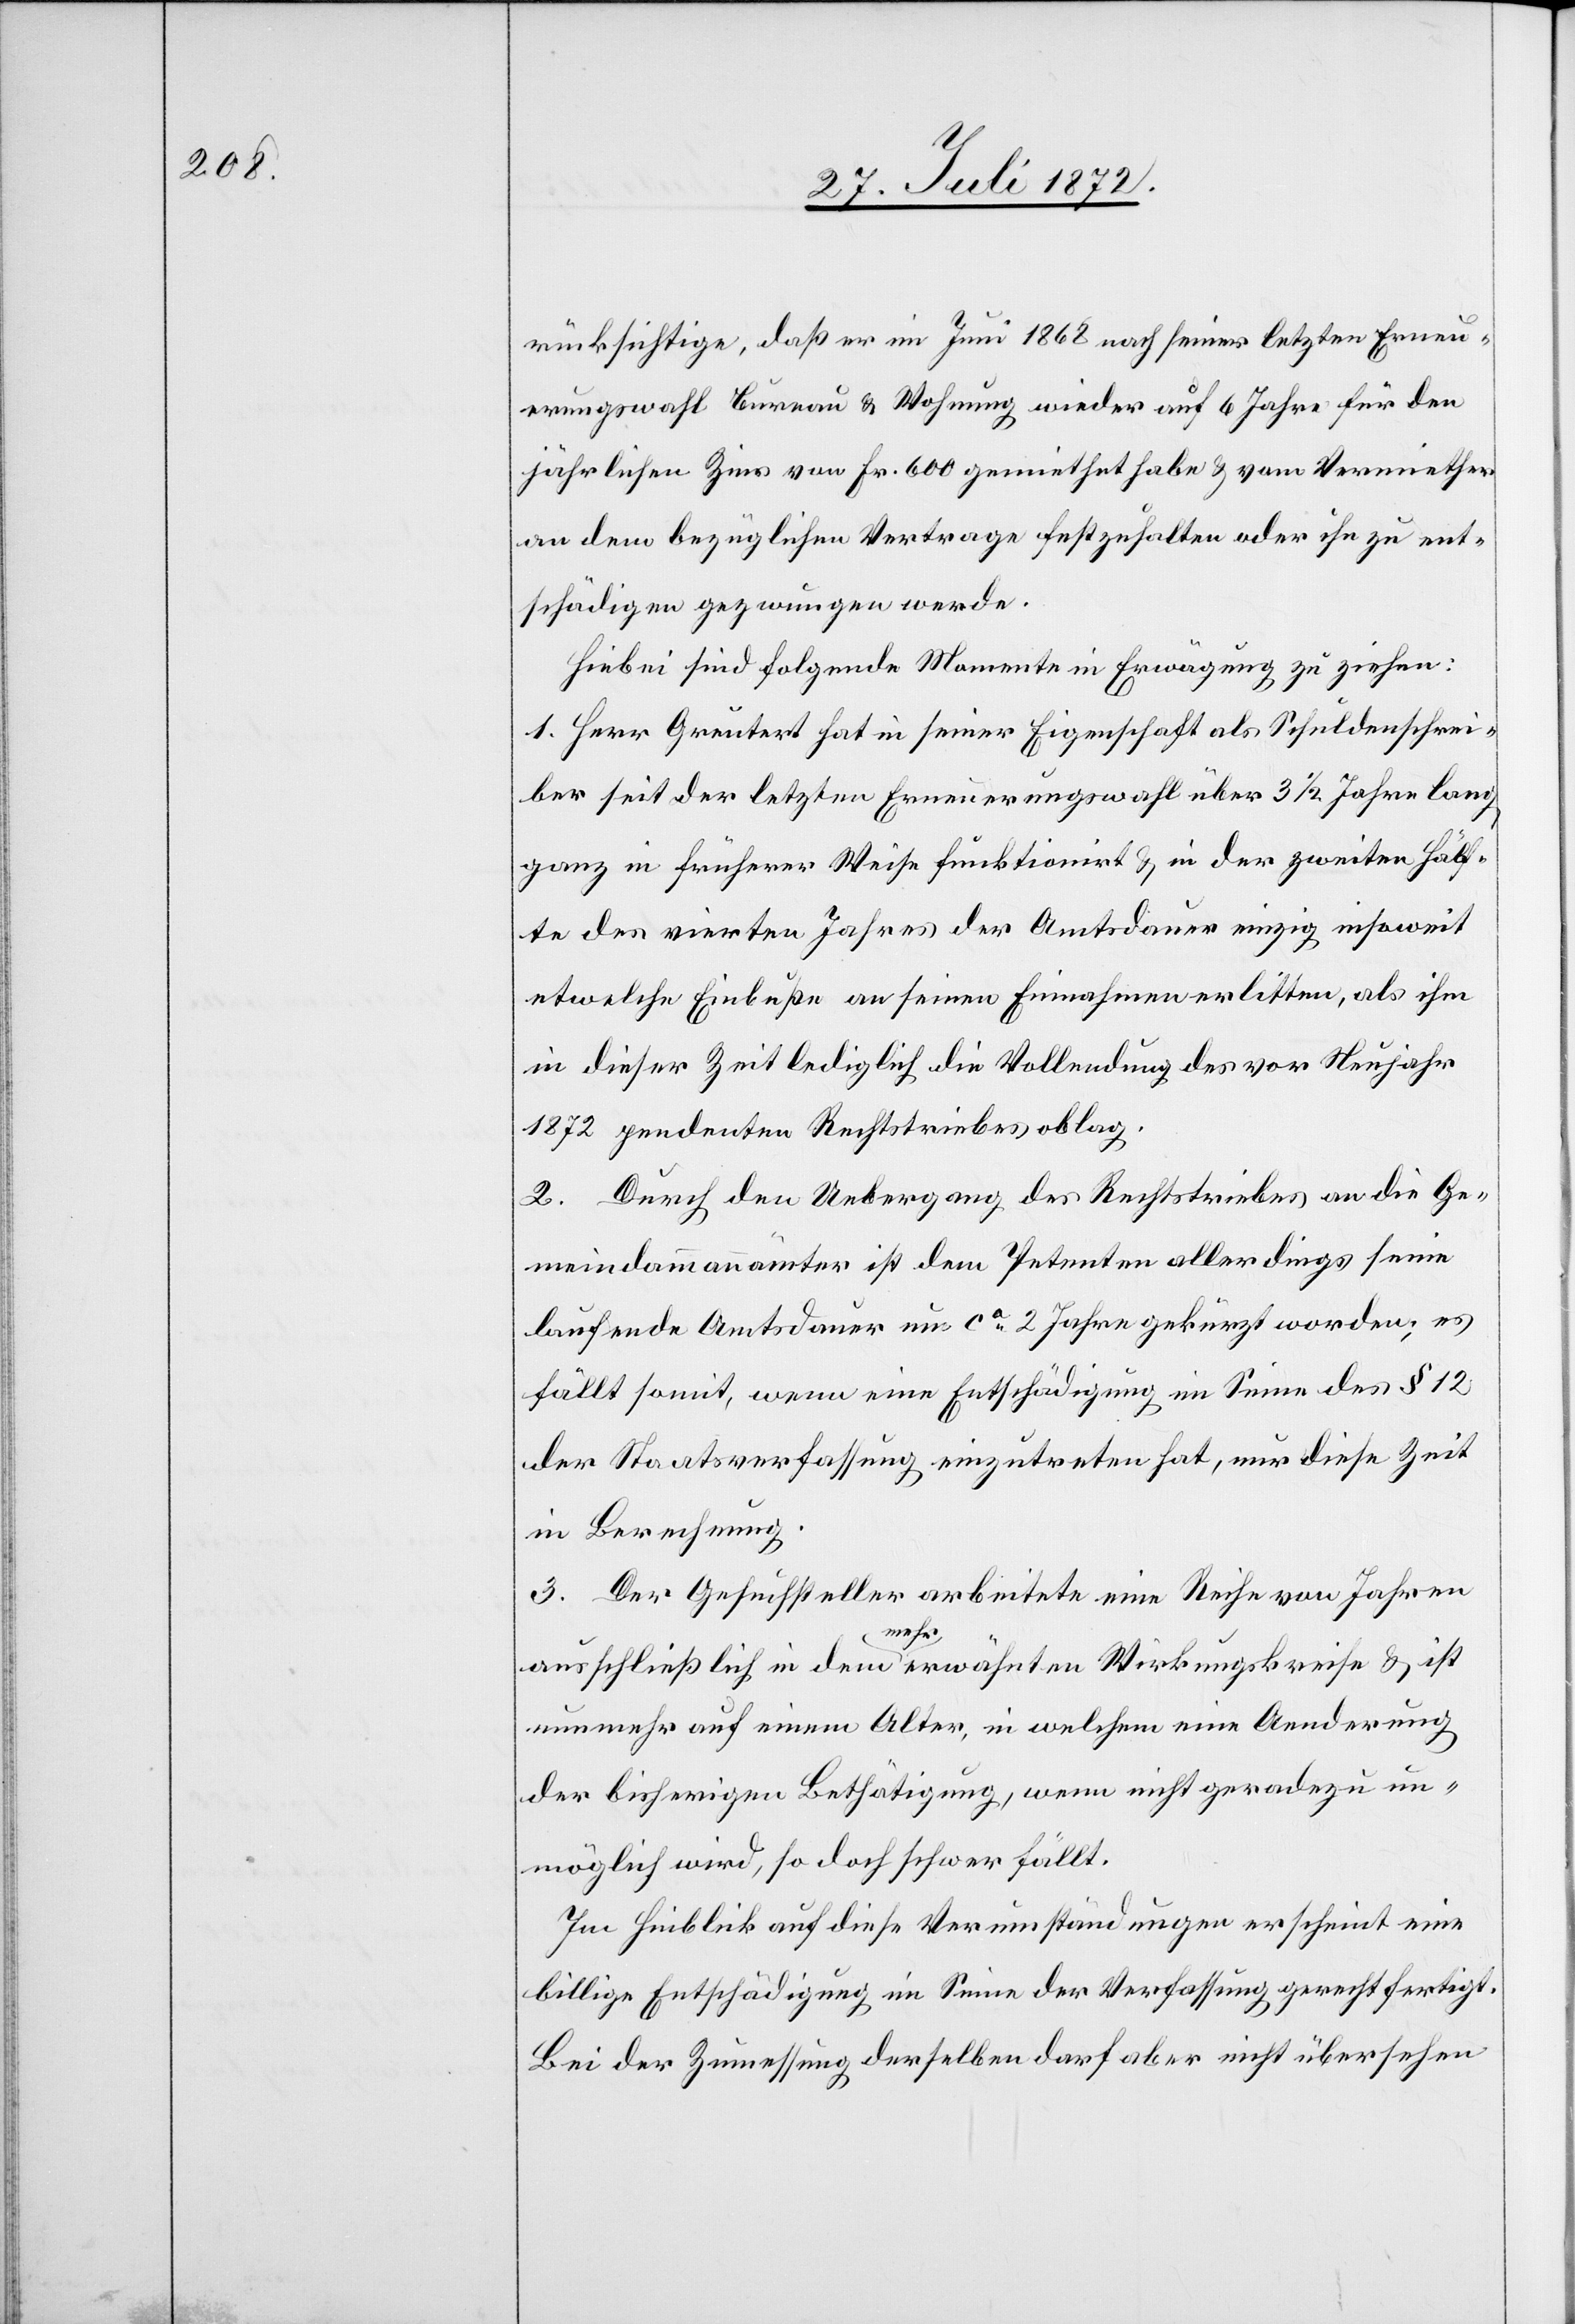
rücksichtige, daß er im Juni 1868 nach seiner letzten Erneu¬
erungswahl Bureau u. Wohnung wieder auf 6 Jahre für den
jährlichen Zins von Fr. 600 gemiethet habe u. vom Vermiether
an dem bezüglichen Vertrage festzuhalten oder ihn zu ent¬
schädigen gezwungen werde.
Hiebei sind folgende Momente in Erwägung zu ziehen:
1. Herr Greutert hat in seiner Eigenschaft als Schuldenschrei¬
ber seit der letzten Erneuerungswahl über 3 1/2 Jahre lang
ganz in früherer Weise funktionirt u. in der zweiten Hälf¬
te des vierten Jahres der Amtsdauer einzig insoweit
etwelche Einbuße an seinen Einnahmen erlitten, als ihm
in dieser Zeit lediglich die Vollendung des vor Neujahr
1872 pendenten Rechtstriebes oblag.
2. Durch den Uebergang des Rechtstriebes an die Ge¬
meindammannämter ist dem Petenten allerdings seine
laufende Amtsdauer um ca 2 Jahre gekürzt worden; es
fällt somit, wenn eine Entschädigung im Sinne des § 12
der Staatsverfassung einzutreten hat, nur diese Zeit
in Berechnung.
3. Der Gesuchsteller arbeitete eine Reihe von Jahren
ausschließlich in dem mehrerwähnten Wirkungskreise u. ist
nunmehr auf einem Alter, in welchem eine Aenderung
der bisherigen Bethätigung, wenn nicht geradezu un¬
möglich wird, so doch schwer fällt.
Im Hinblick auf diese Verumständungen erscheint eine
billige Entschädigung im Sinne der Verfassung gerechtfertigt.
Bei der Zumessung derselben darf aber nicht übersehen